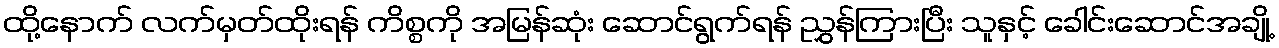
ထို့နောက် လက်မှတ်ထိုးရန် ကိစ္စကို အမြန်ဆုံး ဆောင်ရွက်ရန် ညွှန်ကြားပြီး သူနှင့် ခေါင်းဆောင်အချို့